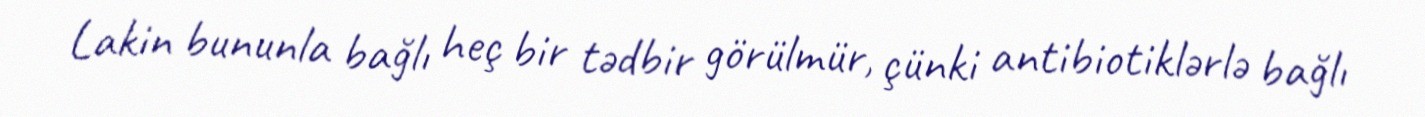
Lakin bununla bağlı heç bir tədbir görülmür, çünki antibiotiklərlə bağlı